Vaccination in the Punjab 1897-1904 - 1897-1904
Year: 1897
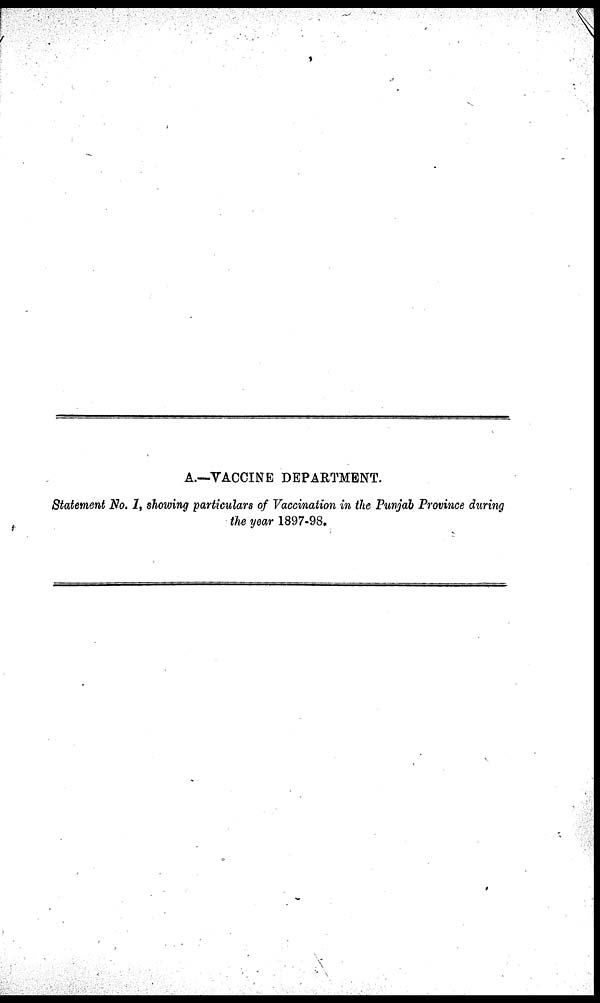
A.—VACCINE DEPARTMENT.
Statement No. 1, showing particulars of Vaccination in the Punjab Province during
the year 1897-98.